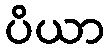
ပိယာ